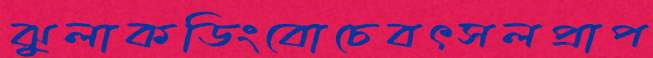
ঝুলাকডিংবোচেবৎসলপ্রাপ